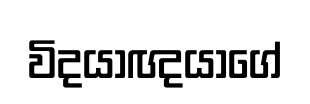
විදයාඥයාගේ